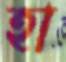
হা